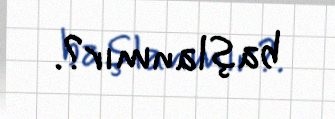
başlanmır?.